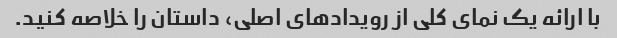
با ارائه یک نمای کلی از رویدادهای اصلی، داستان را خلاصه کنید.